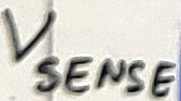
Text: Vsense